Annual returns of the Patna Lunatic Asylum at Bankipore in Bihar and Orissa - 1912-1924
Year: 1912
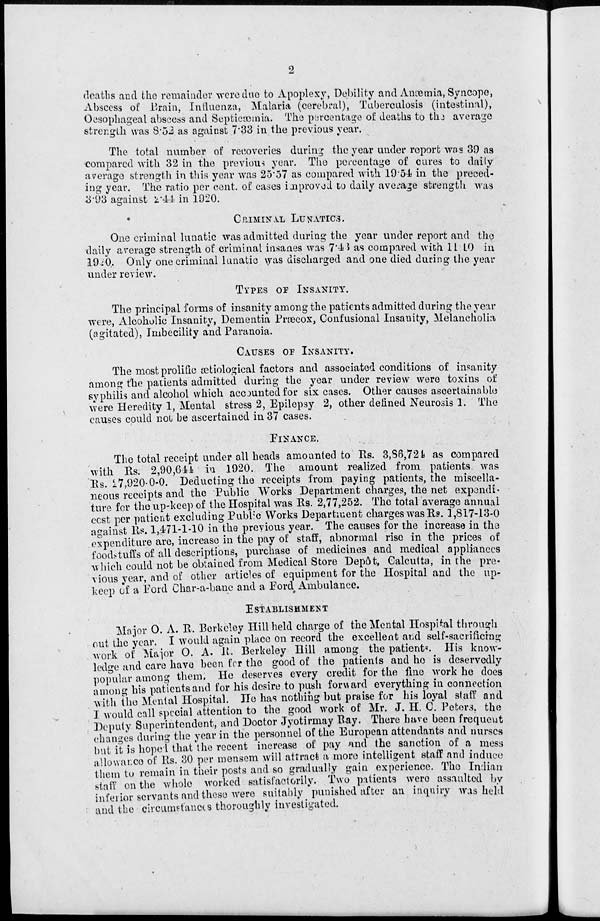
2
deaths and the remainder were due to Apoplexy, Debility and Anæmia, Syncope,
Abscess of Brain, Influenza, Malaria (cerebral), Tuberculosis (intestinal),
Oesophageal abscess and Septicæmia. The percentage of deaths to the average
strength was 8.52 as against 7.33 in the previous year.
The total number of recoveries during the year under report was 39 as
compared with 32 in the previous year. The percentage of cures to daily
average strength in this year was 25.57 as compared with 19.54 in the preced-
ing year. The ratio per cent. of cases improved to daily average strength was
3.93 against 2.44 in 1920.
CRIMINAL LUNATICS.
One criminal lunatic was admitted during the year under report and the
daily average strength of criminal insanes was 7.43 as compared with 11.10 in
1920. Only one criminal lunatic was discharged and one died during the year
under review.
TYPES OF INSANITY.
The principal forms of insanity among the patients admitted during the year
were, Alcoholic Insanity, Dementia Præcox, Confusional Insanity, Melancholia
(agitated), Imbecility and Paranoia.
CAUSES OF INSANITY.
The most prolific ætiological factors and associated conditions of insanity
among the patients admitted during the year under review were toxins of
syphilis and alcohol which accounted for six cases. Other causes ascertainable
were Heredity 1, Mental stress 2, Epilepsy 2, other defined Neurosis 1. The
causes could not be ascertained in 37 cases.
FINANCE.
The total receipt under all heads amounted to Rs. 3,86,724 as compared
with Rs. 2,90,644 in 1920. The amount realized from patients, was
Rs. 27,920-0-0. Deducting the receipts from paying patients, the miscella-
neous receipts and the Public Works Department charges, the net expendi-
ture for the up-keep of the Hospital was Rs. 2,77,252. The total average annual
cost per patient excluding Public Works Department charges was Rs. 1,817-13-0
against Rs. 1,471-1-10 in the previous year. The causes for the increase in the
expenditure are, increase in the pay of staff, abnormal rise in the prices of
foodstuffs of all descriptions, purchase of medicines and medical appliances
which could not be obtained from Medical Store Depôt, Calcutta, in the pre-
vious year, and of other articles of equipment for the Hospital and the up-
keep of a Ford Char-a-banc and a Ford Ambulance.
ESTABLISHMENT
Major O. A. R. Berkeley Hill held charge of the Mental Hospital through
out the year. I would again place on record the excellent and self-sacrificing
work of Major O. A. R. Berkeley Hill among the patients. His know-
ledge and care have been for the good of the patients and he is deservedly
popular among them. He deserves every credit for the fine work he does
among his patients and for his desire to push forward everything in connection
with the Mental Hospital. He has nothing but praise for his loyal staff and
I would call special attention to the good work of Mr. J. H. C. Peters, the
Deputy Superintendent, and Doctor Jyotirmay Ray. There have been frequent
changes during the year in the personnel of the European attendants and nurses
but it is hoped that the recent increase of pay and the sanction of a mess
allowance of Rs. 30 per mensem will attract a more intelligent staff and induce
them to remain in their posts and so gradually gain experience. The Indian
staff on the whole worked satisfactorily. Two patients were assaulted by
inferior servants and these were suitably punished after an inquiry was held
and the circumstances thoroughly investigated.